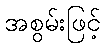
အစွမ်းဖြင့်